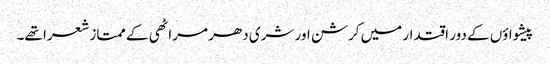
پیشواؤں کے دور اقتدار میں کرشن اور شری دھر مراٹھی کے ممتاز شعرا تھے۔